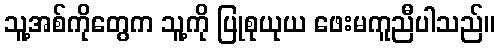
သူ့အစ်ကိုတွေက သူ့ကို ပြုစုယုယ ဖေးမကူညီပါသည်။